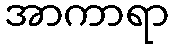
အာကာရာ